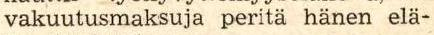
vakuutusmaksuja peritä hänen elä-